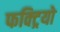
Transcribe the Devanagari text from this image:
फक्ट्रियो